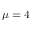
\mu = 4